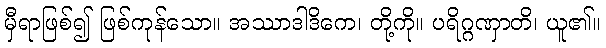
မှီရာဖြစ်၍ ဖြစ်ကုန်သော။ အဿာဒါဒိကေ၊ တို့ကို။ ပရိဂ္ဂဏှာတိ၊ ယူ၏။